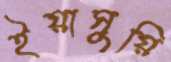
ইয়াসুয়ি